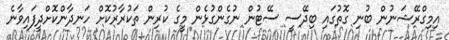
އިމިގްރޭޝަނުން ބުނި ގޮތުގައި ބިދޭސީ ސޭޓުން ނުގެންގުޅެން މީގެ ކުރިން ތަކުރާރުކޮށް ހަނދާންކޮށްދީފައިވާނެ